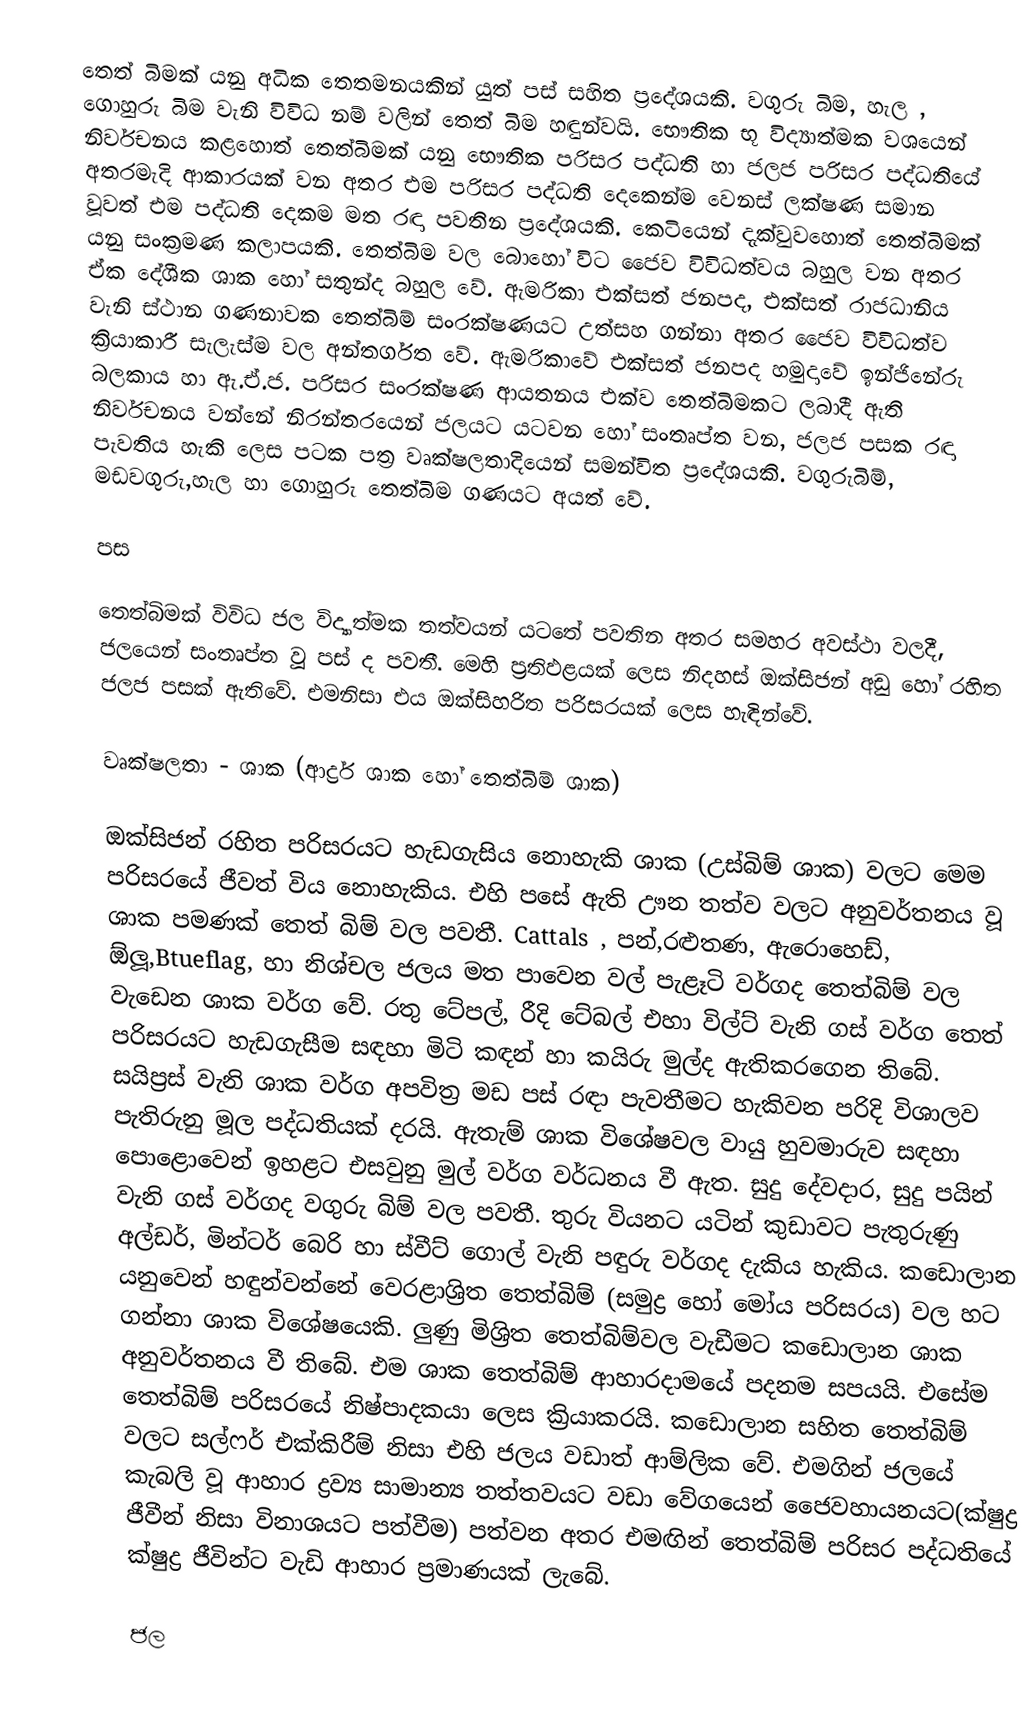
තෙත් බිමක් යනු අධික තෙතමනයකින් යුත් පස් සහිත ප්‍රදේශයකි. වගුරු බිම, හැල , ගොහුරු බිම වැනි විවිධ නම් වලින් තෙත් බිම හඳුන්වයි. භෞතික භූ විද්‍යාත්මක වශයෙන් නිර්වචනය කළහොත් තෙත්බිමක් යනු භෞතික පරිසර පද්ධති හා ජලජ පරිසර පද්ධතියේ අතරමැදි ආකාරයක් වන අතර එම පරිසර පද්ධති දෙකෙන්ම වෙනස් ලක්ෂණ සමාන වූවත් එම පද්ධති දෙකම මත රඳා පවතින ප්‍රදේශයකි. කෙටියෙන් දැක්වුවහොත් තෙත්බිමක් යනු සංක්‍රමණ කලාපයකි. තෙත්බිම වල බොහෝ විට ජෛව විවිධත්වය බහුල වන අතර ඒක දේශීක ශාක හෝ සතුන්ද බහුල වේ. ඇමරිකා එක්සත් ජනපද, එක්සත් රාජධානිය වැනි ස්ථාන ගණනාවක තෙත්බිම් සංරක්ෂණයට උත්සහ ගන්නා අතර ජෛව විවිධත්ව ක්‍රියාකාරී සැලැස්ම වල අන්තර්ගත වේ. ඇමරිකාවේ එක්සත් ජනපද හමුදාවේ ඉන්ජිනේරු බලකාය හා ඇ.ඒ.ජ. පරිසර සංරක්ෂණ ආයතනය එක්ව තෙත්බිමකට ලබාදී ඇති නිර්වචනය වන්නේ නිරන්තරයෙන් ජලයට යටවන හෝ සංතෘප්ත වන, ජලජ පසක රඳා  පැවතිය හැකි ලෙස පටක පත්‍ර වෘක්ෂලතාදියෙන් සමන්විත ප්‍රදේශයකි. වගුරුබිම්, මඩවගුරු,හැල හා ගොහුරු තෙත්බිම ගණයට අයත් වේ.

පස

තෙත්බිමක් විවිධ ජල විද්‍යාත්මක තත්වයන් යටතේ පවතින අතර සමහර අවස්ථා වලදී, ජලයෙන් සංතෘප්ත වූ පස් ද පවතී. මෙහි ප්‍රතිඵළයක් ලෙස නිදහස් ඔක්සිජන් අඩු හෝ රහිත ජලජ පසක් ඇතිවේ. එමනිසා එය ඔක්සිහරිත පරිසරයක් ලෙස හැඳින්වේ.

වෘක්ෂලතා - ශාක (ආර්ද්‍ර ශාක හෝ තෙත්බිම් ශාක)

ඔක්සිජන් රහිත පරිසරයට හැඩගැසිය නොහැකි ශාක (උස්බිම් ශාක) වලට මෙම පරිසරයේ ජීවත් විය නොහැකිය. එහි පසේ ඇති ඌන තත්ව වලට අනුවර්තනය වූ ශාක පමණක් තෙත් බිම් වල පවතී. Cattals , පන්,රළුතණ, ඇරොහෙඩ්, ඕලූ,Btueflag, හා නිශ්චල ජලය මත පාවෙන වල් පැළෑටි වර්ගද තෙත්බිම් වල වැඩෙන ශාක වර්ග වේ. රතු ටේපල්, රීදි ටේබල් එහා විල්ට් වැනි ගස් වර්ග තෙත් පරිසරයට හැඩගැසීම සඳහා මිටි කඳන් හා කයිරු මුල්ද ඇතිකරගෙන තිබේ. සයිප්‍රස් වැනි ශාක වර්ග අපවිත්‍ර මඩ පස් රඳා පැවතීමට හැකිවන පරිදි විශාලව පැතිරුනු මූල පද්ධතියක් දරයි. ඇතැම් ශාක විශේෂවල වායු හුවමාරුව සඳහා ‍පොළොවෙන් ඉහළට එසවුනු මුල් වර්ග වර්ධනය වී ඇත. සුදු දේවදාර, සුදු පයින් වැනි ගස් වර්ගද වගුරු බිම් වල  පවතී. තුරු වියනට යටින් කුඩාවට  පැතුරුණු අල්ඩර්, මින්ටර් බෙරි හා ස්වීට් ගොල් වැනි පඳුරු වර්ගද දැකිය හැකිය. කඩොලාන යනුවෙන් හඳුන්වන්නේ වෙරළාශ්‍රිත තෙත්බිම් (සමුද්‍ර හෝ මෝය පරිසරය) වල හට ගන්නා ශාක විශේෂයෙකි. ලුණු මිශ්‍රිත තෙත්බිම්වල වැඩීමට කඩොලාන ශාක අනුවර්තනය වී තිබේ. එම ශාක තෙත්බිම් ආහාරදාමයේ පදනම සපයයි. එසේම තෙත්බිම් පරිසරයේ නිෂ්පාදකයා ලෙස ක්‍රියාකරයි. කඩොලාන  සහිත තෙත්බිම් වලට සල්ෆර් එක්කිරීම් නිසා එහි ජලය වඩාත් ආම්ලික වේ. එමගින් ජලයේ කැබලි වූ ආහාර ද්‍රව්‍ය සාමාන්‍ය තත්තවයට වඩා වේගයෙන් ජෛවහායනයට(ක්ෂුද්‍ර ජීවීන් නිසා විනාශයට පත්වීම) පත්වන අතර එමඟින් තෙත්බිම් පරිසර පද්ධතියේ ක්ෂුද්‍ර ජීවින්ට ‍වැඩි ආහාර ප්‍රමාණයක් ලැබේ.

ජල